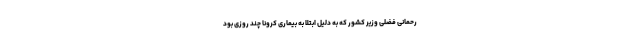
رحمانی فضلی وزیر کشور که به دلیل ابتلا به بیماری کرونا چند روزی بود